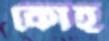
কোহ